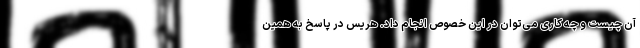
آن چیست و چه کاری می‌توان در این خصوص انجام داد. هریس در پاسخ به همین